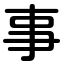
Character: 事